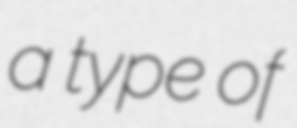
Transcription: a type of